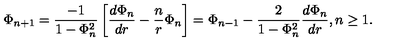
\Phi _ { n + 1 } = \frac { - 1 } { 1 - \Phi _ { n } ^ { 2 } } \left[ \frac { d \Phi _ { n } } { d r } - \frac { n } { r } \Phi _ { n } \right] = \Phi _ { n - 1 } - \frac { 2 } { 1 - \Phi _ { n } ^ { 2 } } \frac { d \Phi _ { n } } { d r } , n \geq 1 .